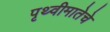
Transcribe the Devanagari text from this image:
पृथ्वीमातेचे